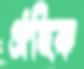
ঐহিক